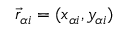
{ \vec { r } } _ { \alpha i } = ( x _ { \alpha i } , y _ { \alpha i } )